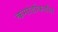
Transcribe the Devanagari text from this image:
कमांडोंकडील